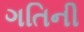
ગતિની